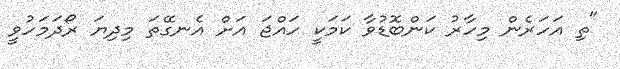
"ތި އަހަރެން މިހާރު ކަންބޮޑުވާ ކަމަކީ ހައްޖަ އަށް އެނގޭތަ މިދިޔަ ރޯދަމަހުވީ